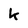
Character: k